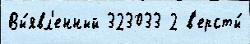
Вы́явл'енный 323033 2 в'ерсты́